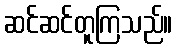
ဆင်ဆင်တူကြသည်။